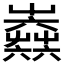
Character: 𡴫